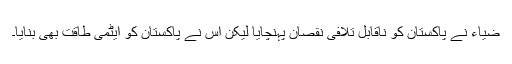
ضیاء نے پاکستان کو ناقابل تلافی نقصان پہنچایا لیکن اس نے پاکستان کو ایٹمی طاقت بھی بنایا۔